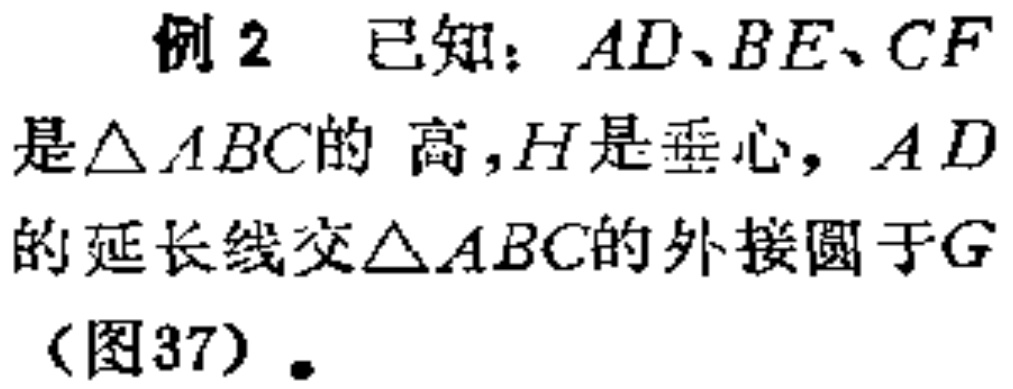
例2 已知：\(AD、BE、CF\)是\(\triangle ABC\)的 高，\(H\)是垂心，\(AD\)的延长线交\(\triangle ABC\)的外接圆于\(G\)（图37）.